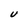
Character: U